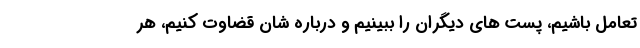
تعامل باشیم، پست های دیگران را ببینیم و درباره شان قضاوت کنیم، هر